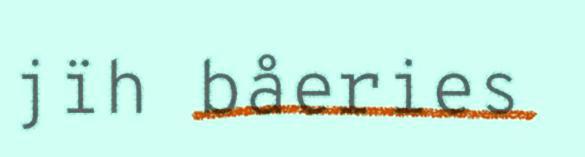
jïh båeries